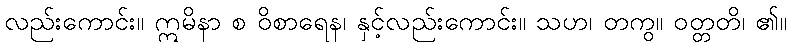
လည်းကောင်း။ ဣမိနာ စ ဝိစာရေန၊ နှင့်လည်းကောင်း။ သဟ၊ တကွ။ ဝတ္တတိ၊ ၏။